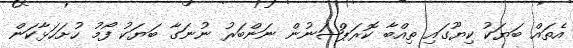
އެތައް ބަޔަކު ކިޔޫގައި ތިއްބާ ކޮރަޕްޝަނުން ނަންބަރު ނުނަގާ ބަޔަކު ފޯމު ހުށަހަޅާކަން